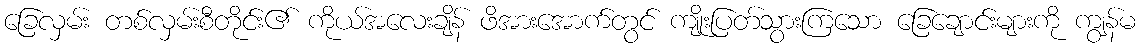
ခြေလှမ်း တစ်လှမ်းစီတိုင်း၏ ကိုယ်အလေးချိန် ဖိအားအောက်တွင် ကျိုးပြတ်သွားကြသော ခြေချောင်းများကို ကျွန်မ